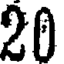
20